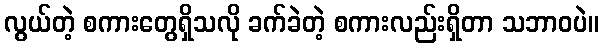
လွယ်တဲ့ စကားတွေရှိသလို ခက်ခဲတဲ့ စကားလည်းရှိတာ သဘာဝပဲ။